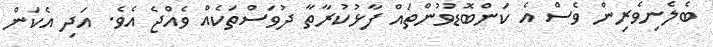
ބެލެނިވެރިން ވެސް އެ ކަންބޮޑުވުންތައް ފާޅުކުރާތާ ދުވަސްތަކެއް ވެއްޖެ އެވެ. އަދި އެކަން